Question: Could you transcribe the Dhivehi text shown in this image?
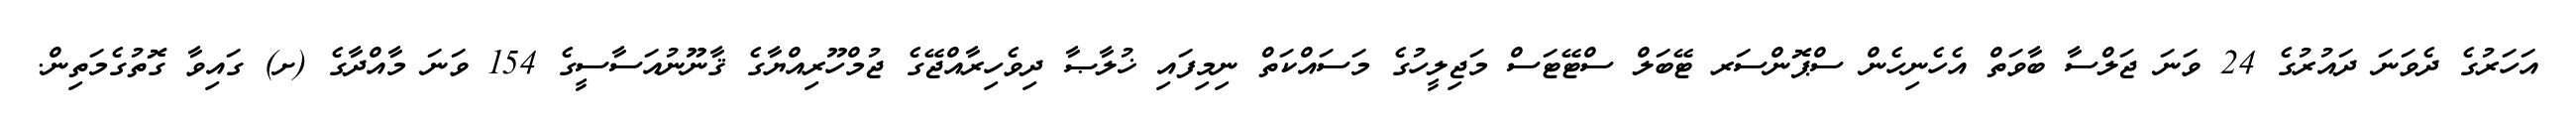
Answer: އަހަރުގެ ދެވަނަ ދައުރުގެ 24 ވަނަ ޖަލްސާ ބާވަތް އެހެނިހެން ސްޕޮންސަރ ޓޭބަލް ސްޓޭޓަސް މަޖިލީހުގެ މަސައްކަތް ނިމިފައި ޚުލާޞާ ދިވެހިރާއްޖޭގެ ޖުމްހޫރިއްޔާގެ ޤާނޫނުއަސާސީގެ 154 ވަނަ މާއްދާގެ (ށ) ގައިވާ ގޮތުގެމަތިން.